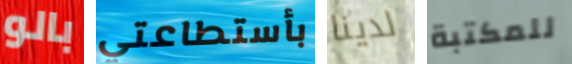
بالو بأستطاعتي لدينا للمكتبة